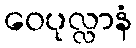
ဝေပုလ္လာနံ